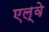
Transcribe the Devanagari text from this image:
एल्वे